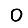
Digit: 0